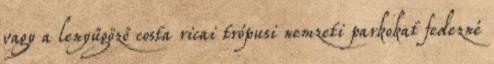
vagy a lenyűgöző costa ricai trópusi nemzeti parkokat fedezné